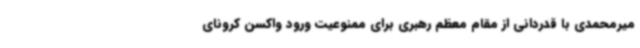
میرمحمدی با قدردانی از مقام معظم رهبری برای ممنوعیت ورود واکسن کرونای